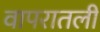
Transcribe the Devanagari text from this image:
वापरातली